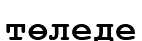
төледе